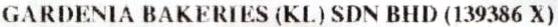
GARDENIA BAKERIES (KL) SDN BHD (139386 X)